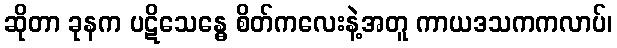
ဆိုတာ ခုနက ပဋိသေန္ဓေ စိတ်ကလေးနဲ့အတူ ကာယဒသကကလာပ်၊